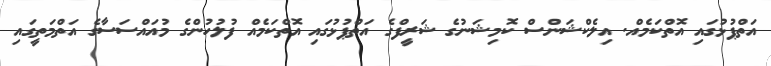
އަތްޕުޅުގައި އޮތްކަމެއް. އިލެކްޝަންސް ކޮމިޝަނުގެ ޝަރީފްގެ އަތްޕުޅުގައި އޮތްކަމެއް ފުލުހުންގެ މުއައްސަސާގެ އަތްމަތީގައި